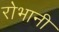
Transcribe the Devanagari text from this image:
रोभानी